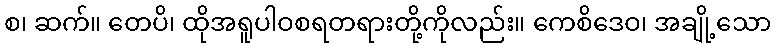
စ၊ ဆက်။ တေပိ၊ ထိုအရူပါဝစရတရားတို့ကိုလည်း။ ကေစိဒေဝ၊ အချို့သော